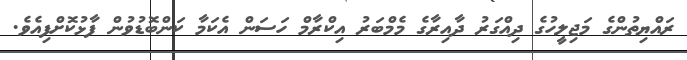
ރައްޔިތުންގެ މަޖިލީހުގެ ދިއްގަރު ދާއިރާގެ މެމްބަރު އިކްރާމް ހަސަން އެކަމާ ކަންބޮޑުވުން ފާޅުކޮށްފިއެވެ.